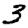
Digit: 3